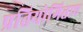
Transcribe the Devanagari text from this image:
प्रतियोगिताए